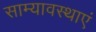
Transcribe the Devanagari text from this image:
साम्यावस्थाएं